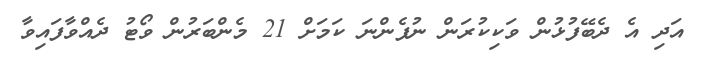
އަދި އެ ދެބޭފުޅުން ވަކިކުރަން ނުފެންނަ ކަމަށް 21 މެންބަރުން ވޯޓު ދެއްވާފައިވާ